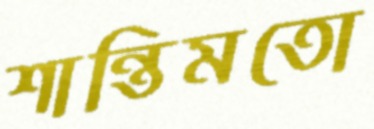
শান্তিমতো